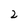
Character: 2